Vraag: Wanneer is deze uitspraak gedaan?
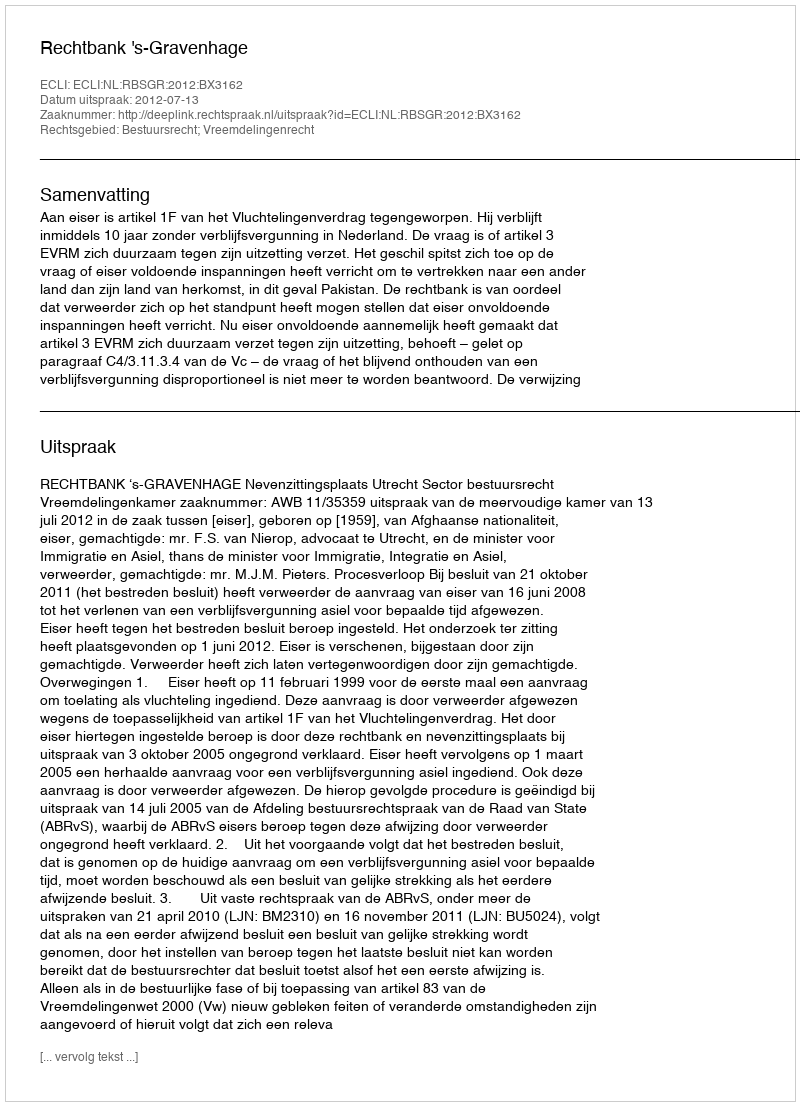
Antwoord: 2012-07-13